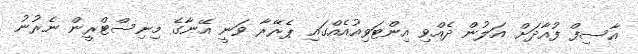
އާސިފް ފުއާދަށް އަލުން ދެއްވި އިންޓަވިއުއެއްގައި ޕެރޭރާ ވަނީ އޭނާގެ މިނިސްޓްރީން ނެރުނު